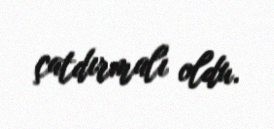
çatdırmalı oldu.